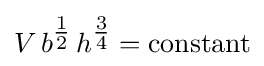
V\,b^{\tfrac {1}{2}}\,h^{\tfrac {3}{4}}={\text{constant}}